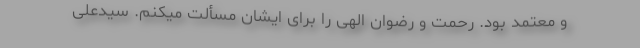
و مُعتمَد بود. رحمت و رضوان الهی را برای ایشان مسألت میکنم. سیدعلی